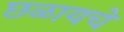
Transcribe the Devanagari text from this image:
छळायचे